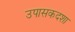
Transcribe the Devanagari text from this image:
उपासकदशा